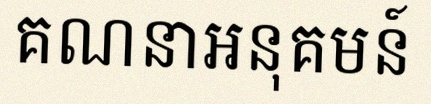
គណនាអនុគមន៍